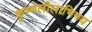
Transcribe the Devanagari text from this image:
कृष्णलीलाभिनय